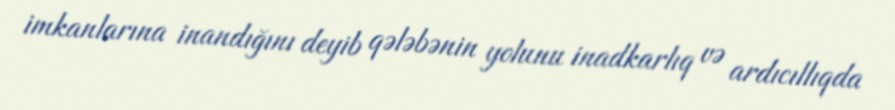
imkanlarına inandığını deyib qələbənin yolunu inadkarlıq və ardıcıllıqda